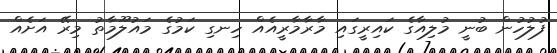
ފުލުހުން ބުނީ މުލިއާގެ ކައިރީގައި މާރާމާރީއެއް ހިނގި ކަމުގެ މައުލޫމާތު މިރޭ އަށެއް